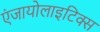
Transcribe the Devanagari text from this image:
एंजायोलाइटिक्स